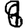
Digit: 9